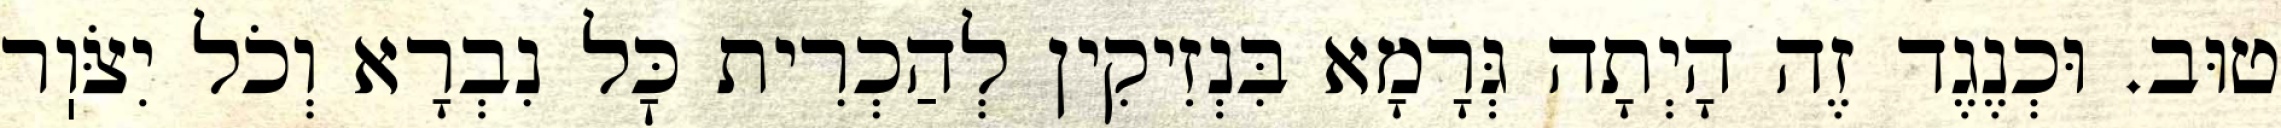
טוּב. וּכְנֶגֶד זֶה הָיְתָה גְּרָמָא בִּנְזִיקִין לְהַכְרִית כׇּל נִבְרָא וְכֹל יִצֹּוֽר